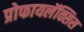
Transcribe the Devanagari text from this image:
प्रोफायलॅक्सिस